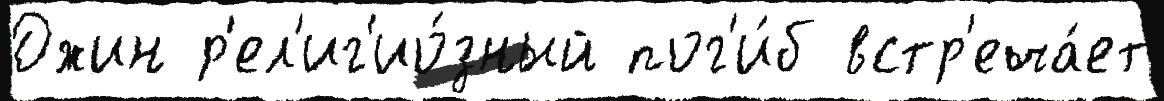
Джин р'ел'иг'ио́зный пог'и́б встр'еча́ет